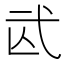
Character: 𢎁